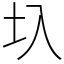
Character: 圦